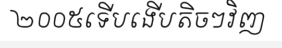
២០០៥ទើបងើបតិចៗវិញ